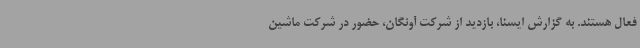
فعال هستند. به گزارش ایسنا، بازدید از شرکت آونگان، حضور در شرکت ماشین